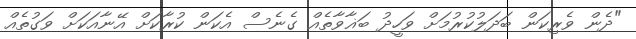
"ދެން ވެރިކަން ބަދަލުކުރުމަށް ވަހީދު ބަޣާވާތެއް ގެނެސް އެކަން ކުރާކަށް އޭނާއަކަށް ވަގުތެއް